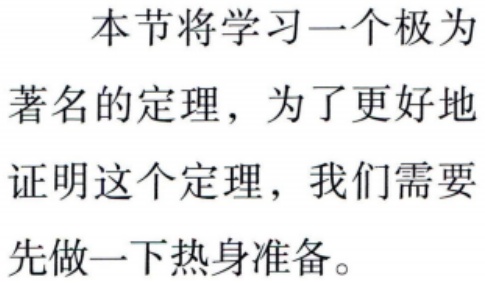
本节将学习一个极为
著名的定理，为了更好地
证明这个定理，我们需要
先做一下热身准备。